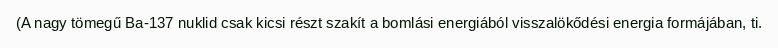
(A nagy tömegű Ba-137 nuklid csak kicsi részt szakít a bomlási energiából visszalökődési energia formájában, ti.